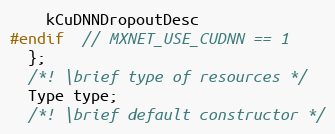
Language: C
    kCuDNNDropoutDesc
#endif  // MXNET_USE_CUDNN == 1
  };
  /*! \brief type of resources */
  Type type;
  /*! \brief default constructor */